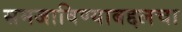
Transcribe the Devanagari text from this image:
समजाविण्याबद्दलचा